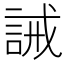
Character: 誡